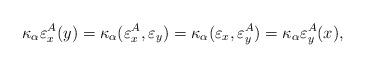
LaTeX: \begin{align*}\kappa_\alpha\varepsilon_x^A(y)=\kappa_\alpha(\varepsilon_x^A,\varepsilon_y)=\kappa_\alpha(\varepsilon_x,\varepsilon^A_y)=\kappa_\alpha\varepsilon_y^A(x),\end{align*}